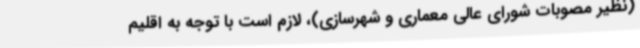
(نظیر مصوبات شورای عالی معماری و شهرسازی)، لازم است با توجه به اقلیم